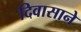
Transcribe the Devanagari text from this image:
दिवासाने